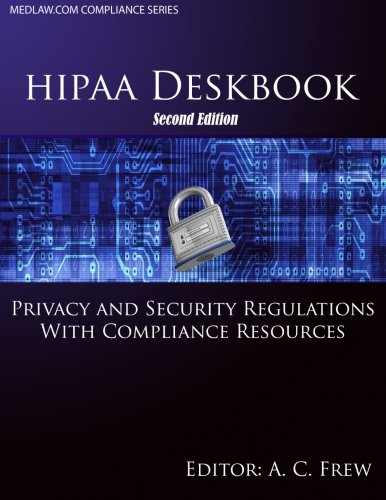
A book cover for HIPAA Deskbook - Second Edition: Privacy and Security Regulations With Risk Assessment  and  Audit  Standards; A. C. Frew; Law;